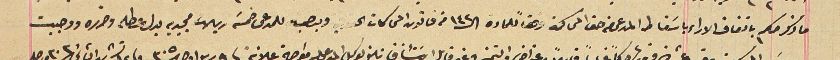
ما ذكر حكم باتفاق الاراء باسقاط المدعى من حق المحاكمة وفقاً للمادة ال١٤٢ من قانون المحاكمات الحقوقي ويوجب للمدعى خمسَة ريالات مجيديه بدل عطله وضرره ووجبت